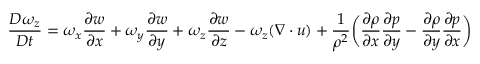
\frac { D \omega _ { z } } { D t } = \omega _ { x } \frac { \partial w } { \partial x } + \omega _ { y } \frac { \partial w } { \partial y } + \omega _ { z } \frac { \partial w } { \partial z } - \omega _ { z } ( \boldsymbol { \nabla \cdot u } ) + \frac { 1 } { \rho ^ { 2 } } \bigg ( \frac { \partial \rho } { \partial x } \frac { \partial p } { \partial y } - \frac { \partial \rho } { \partial y } \frac { \partial p } { \partial x } \bigg )